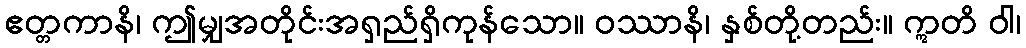
ဧတ္တကာနိ၊ ဤမျှအတိုင်းအရှည်ရှိကုန်သော။ ဝဿာနိ၊ နှစ်တို့တည်း။ ဣတိ ဝါ၊